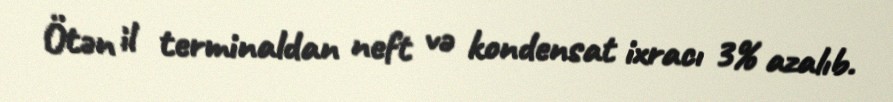
Ötən il terminaldan neft və kondensat ixracı 3% azalıb.